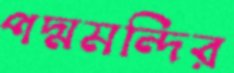
পদ্মমন্দির